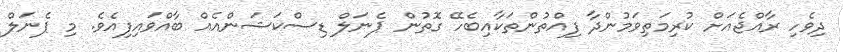
ދިވެހި ރާއްޖެއަށް ކުރިމަތިވަމުންދާ ފިއްތުންތަކާއިބެހޭ ގޮތުން ޕެނަލް ޑިސްކަޝަންއެއް ބާއްވައިފިއެވެ. މި ޕެނަލް